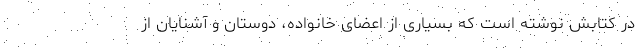
در کتابش نوشته است که بسیاری از اعضای خانواده، دوستان و آشنایان از